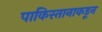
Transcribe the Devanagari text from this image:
पाकिस्तानाकडून